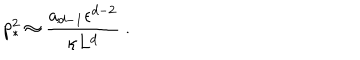
LaTeX: p _ { * } ^ { 2 } \approx { \frac { a _ { d - 1 } \epsilon ^ { d - 2 } } { \kappa L ^ { d } } } ~ .